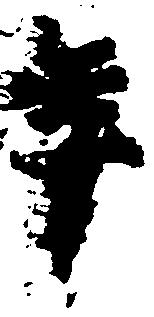
年